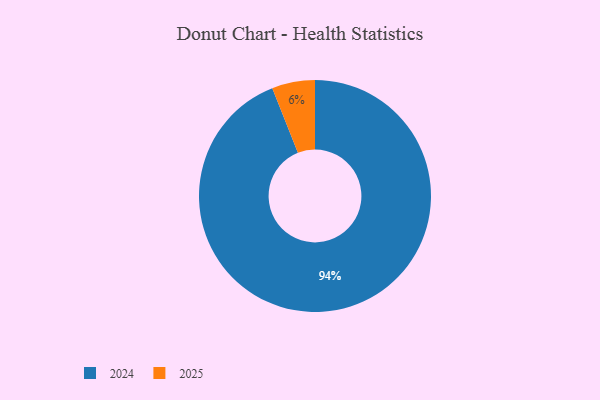
{"axis": {"x": "Category", "y": "Percentage"}, "legend": ["2024", "2025"], "data": [{"x": "2025", "y": 6, "type": "2025"}, {"x": "2024", "y": 94, "type": "2024"}]}